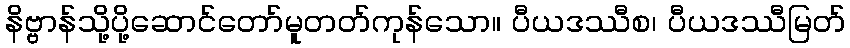
နိဗ္ဗာန်သို့ပို့ဆောင်တော်မူတတ်ကုန်သော။ ပီယဒဿီစ၊ ပီယဒဿီမြတ်